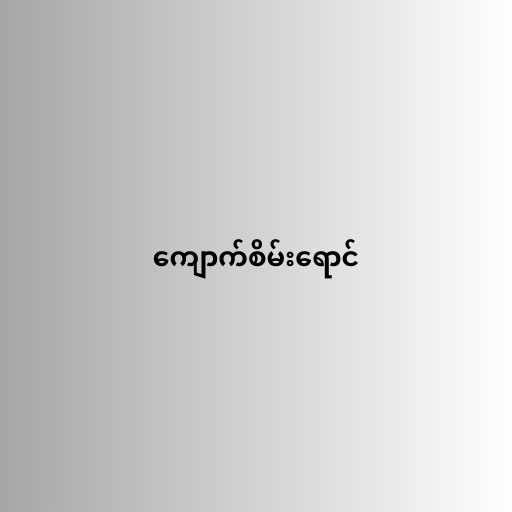
ကျောက်စိမ်းရောင်